Lunatic asylums Bombay report 1891-1903 - 1891-1903
Year: 1891
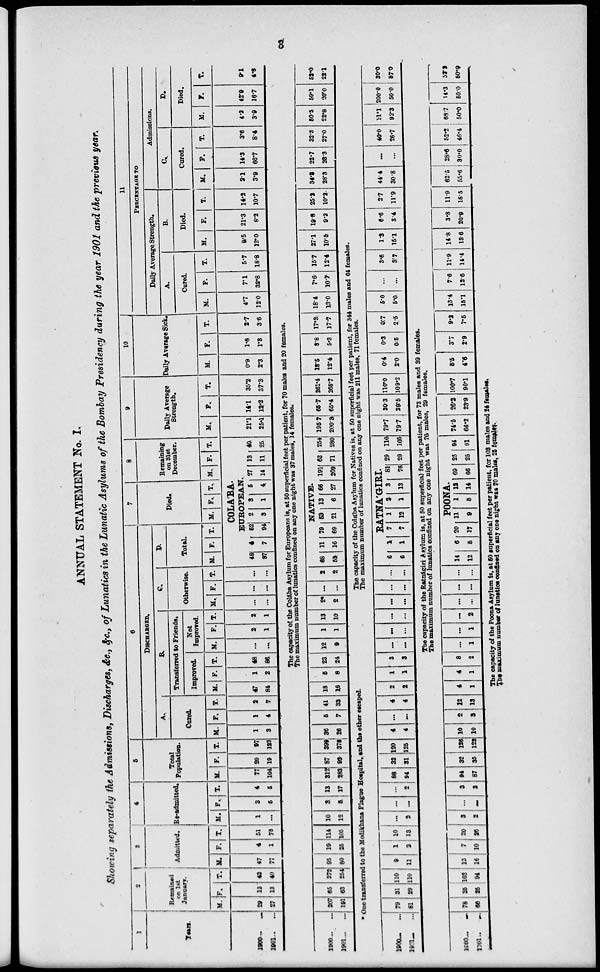
3
ANNUAL STATEMENT No. I.
Showing separately the Admissions, Discharges, &c., &c., of Lunatics in the Lunatic Asylums of the Bombay Presidency during the year 1901 and the previous year.
1
Years.
1900 ... ...
1901 ... ...
2
Remained
on 1st
January.
M.
29
27
F.
13
13
T.
42
40
3
Admitted.
M.
47
77
F.
4
1
T.
51
78
4
Re-admitted.
M.
1
...
F.
3
5
T.
4
5
5
Total
Population.
M.
77
104
F.
20
19
T.
97
123
6
DISCHARGED.
A.
Cured.
M.
1
3
F.
1
4
T.
2
7
B.
Transferred to Friends.
Improved.
M.
47
84
F.
1
2
T.
48
86
Not
Improved.
M.
...
...
F.
2
1
T.
2
1
C.
Otherwise.
M.
...
...
F.
...
...
T.
...
...
D.
Total.
M. F. T.
7
Died.
M. F. T.
8
Remaining
on 3lst
December.
M. F. T.
COLA' BA.
EUROPEAN.
48
87
4
7
52
94
2
3
3
1
5
4
27
14
13
11
40
25
9
Daily Average
Strength.
M.
21.1
25.1
F.
14.1
12.2
T.
35.2
37.3
10
Daily Average Sick.
M.
0.9
2.3
F.
1.8
1.3
T.
2.7
3.6
11
PERCENTAGE TO
Daily Average Strength.
A.
Cured.
M.
4.7
12.0
F.
7.1
32.8
T.
5.7
18.8
B.
Died.
M.
9.5
12.0
F.
21.3
8.2
T.
14.2
10.7
Admissions.
C.
Cured.
M.
2.1
3.9
F.
14.3
66.7
T.
3.6
8.4
D.
Died.
M.
4.2
3.9
F.
42.9
16.7
T.
9.1
4.8
The capacity of the Colába Asylum for Europeans is, at 50 superficial feet per patient, for 70 males and 20 females.
The maximum number of lunatics confined on any one night was 37 males, 14 females.
1900 ... ...
1901 ... ...
207
191
65
63
272
254
95
80
19
25
114
105
10
12
3
5
13
17
312
283
87
93
399
376
36
26
5
7
41
33
18
16
5
8
23
24
12
9
1
1
13
10
2*
2
...
...
2
2
NATIVE.
68
53
11
16
79
69
5
21
13
6
66
27
191
209
63
71
254
280
195.7
200.3
65.7
65.4
261.4
265.7
13.5
12.4
3.8
5.3
17.3
17.7
18.4
13.0
7.6
10.7
15.7
12.4
27.1
10.5
19.8
9.2
25.2
10.2
34.3
28.3
22.7
23.3
32.3
27.0
50.5
22.8
59.1
20.0
52.0
22.1
* One transferred to the Modikhana Plague Hospital,and the other escaped.
The capacity of the Colába Asylum for Natives is, at 50 superficial feet per patient, for 344 males and 64 females.
The maximum number of lunatics confined on any one night was 211 males, 71 females.
1900 ... ...
1991 ... ...
79
81
31
29
110
110
9
11
1
2
10
13
...
2
...
...
...
2
88
94
32
31
120
125
4
4
...
...
4
4
2
2
1
1
3
3
...
...
...
...
...
...
...
...
...
...
...
...
6
6
RATNA'GIRI.
1
1
7
7
1
12
2
1
3
13
81
76
29
29
110
105
79.7
79.7
30.3
29.5
110.0
109.2
0.4
2.0
0.3
0.5
0.7
2.5
5.0
5.0
...
...
3.6
3.7
1.3
15.1
6.6
3.4
2.7
11.9
44.4
30.8
...
...
40.0
26.7
11.1
92.3
200.0
50.0
30.0
87.0
The capacity of the Ratnágiri Asylum is, at 50 superficial feet per patient, for 73 males and 39 females.
The maximum number of lunatics confined on any one night was 76 males, 29 females.
1900 ... ...
1901 ... ...
78
66
25
25
103
94
13
16
7
10
20
26
3
2
...
...
3
2
94
87
32
35
126
122
10
10
2
3
12
13
4
1
4
1
8
2
...
1
...
1
...
2
...
...
...
...
...
...
POONA.
14
12
6
5
20
17
11
9
1
5
12
14
69
66
25
25
94
91
74.5
66.2
26.2
23.9
100.7
90.1
5.5
4.6
3.7
2.9
9.2
7.5
13.4
15.1
7.6
12.6
11.9
14.4
14.8
13.6
3.8
20.9
11.9
15.5
62.5
55.6
28.6
30.0
52.2
46.4
68.7
50.0
14.3
50.0
52.2
50.9
The capacity of the Poona Asylum is, at 50 superficial feet per patient, for 103 males and 24 females.
The maximum number of lunatics confined on any one night was 70 males, 25 females.